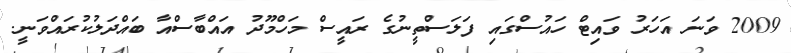
2009 ވަނަ އަހަރު ވައިޓް ހައުސްގައި ފަލަސްތީނުގެ ރައީސް މަހްމޫދު އައްބާސްއާ ބައްދަލުކުރައްވަނީ.